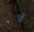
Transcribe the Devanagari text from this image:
र्च